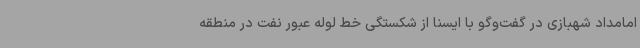
امامداد شهبازی در گفت‌وگو با ایسنا از شکستگی خط لوله عبور نفت در منطقه